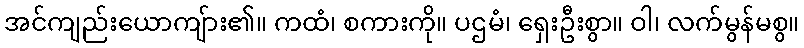
အင်ကျည်းယောကျ်ား၏။ ကထံ၊ စကားကို။ ပဌမံ၊ ရှေးဦးစွာ။ ဝါ၊ လက်မွန်မစွ။